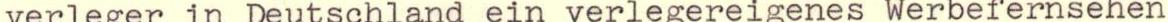
verleger in Deutschland ein verlegereigenes Werbefernsehen